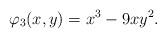
LaTeX: \begin{align*}\varphi_3(x,y)=x^3-9xy^2.\end{align*}